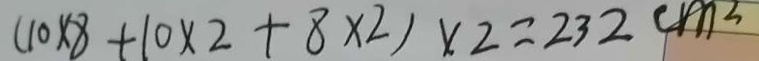
( 1 0 \times 8 + 1 0 \times 2 + 8 \times 2 ) \times 2 = 2 3 2 c m ^ { 2 }